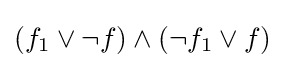
(f_{1}\lor \lnot f)\land (\lnot f_{1}\lor f)